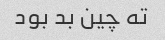
ته چین بد بود